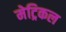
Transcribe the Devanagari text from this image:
मेट्रिकल